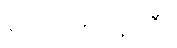
ထောင်စုဝန်ကြီး